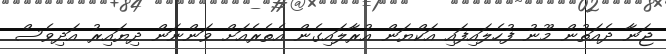
ޖަނާ ދެއަތުން މޫނު ފުހެލައިފައި އަކްޔަން އުރާލައިގެން އެތެރެއަށް ވަންނަން ދިޔައިރު އަދިވެސް